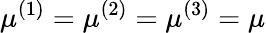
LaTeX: \mu^{(1)}=\mu^{(2)}=\mu^{(3)}=\mu